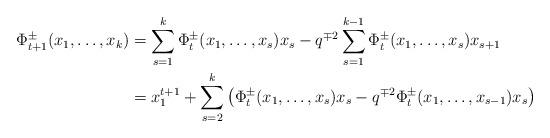
LaTeX: \begin{align*}\Phi_{t+1}^{\pm} (x_1,\dots, x_k) &= \sum_{s=1}^k \Phi_t^{\pm}(x_1,\dots,x_s) x_s - q^{\mp 2} \sum_{s=1}^{k-1} \Phi_t^{\pm} (x_1,\dots,x_s) x_{s+1} \\&= x_1^{t+1} + \sum_{s=2}^k \big( \Phi_t^{\pm} (x_1,\dots,x_s) x_s - q^{\mp 2} \Phi_t^{\pm} (x_1,\dots, x_{s-1})x_{s}\big) \end{align*}